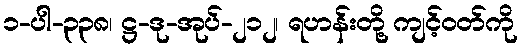
၁-ပါ-၃၃၈၊ ဋ္ဌ-ဒု-အုပ်-၂၁၂၊ ရဟန်းတို့ ကျင့်ဝတ်ကို